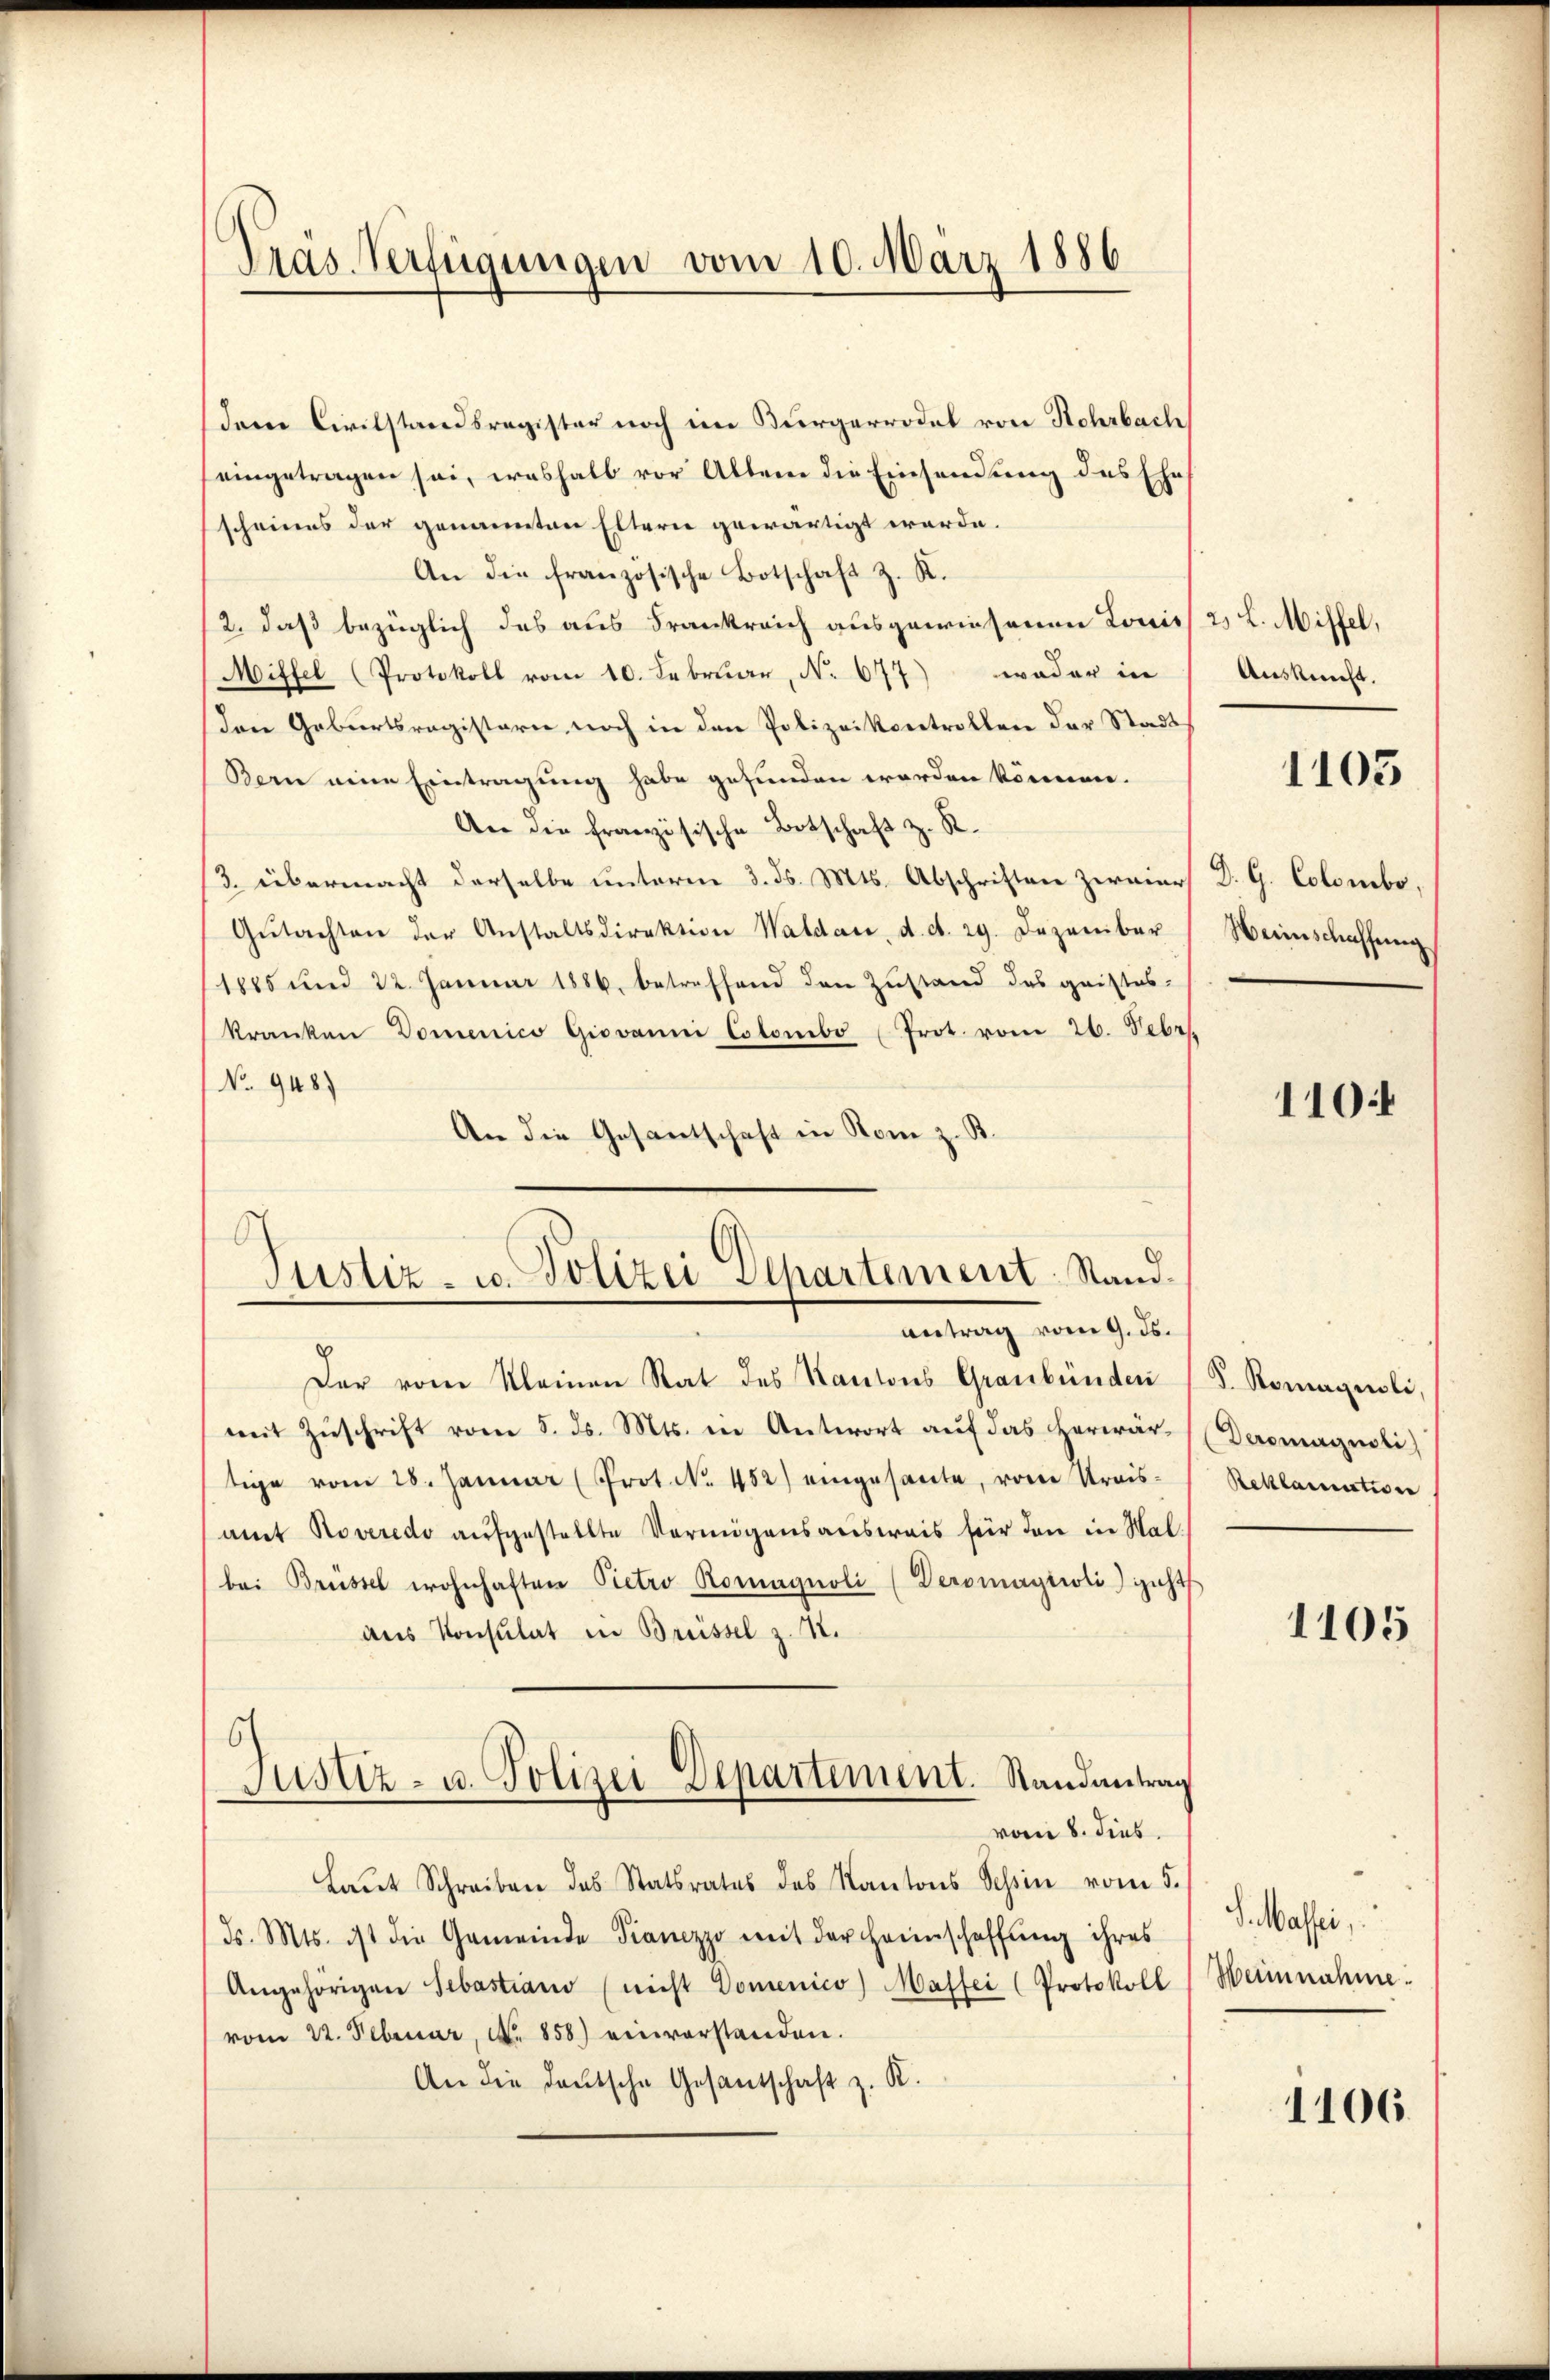
Tras Verfügungen vom 10. März 1886

dene Civilstandsregister noch im Bürgerrodel von Rohrbach
eingetragen sei, weshalb vor Altem die Einsendung des Ehe
scheines der genannten Eltern gewärtigt werde.
An die französische Botschaft z. K.
/2, daß bezüglich das aus Frankreich ausgewiesenen Louis 2 L. Misfel,
Miffel (Protokoll vom 10. Februar, No. 677) weder in
Den Geburtsregisterie, noch in den Polizeikontrollen der Stadt¬
Bern eine Eintragung habe gefunden worden können.
Aer die französische Botschaft z. R.
3. übermacht derselbe unterm 3. ds. Mts. Abschriften zereier
Gŭtachten der Anstaltsdirektion Waldau, d. d. 29. Dezember
1885 und 22. Januar 1886, betreffend den Zustand des gaistes-
kranken Domenico Giovanni Colomibo (Prot. vom 26. Febr.
No 948)
An die Gesantschaft in Rom z. B.
antrag vom 9. ds.
Der vom Kleinen Rat des Kantons Graubünden (S. Romagnoli,
mit Zuschrift vom 5. ds. Mts. in Antwort auf das Herwärtige vom 28. Januar (Prot. No. 452) eingesante, vom Krais-
amt Roveredo aufgestellte Vermögensausweis für den in Mal.
(bei Brüssel wohnhaften Pietro Romagnoli (Deromaytioli geht
aus Konsulat in Brüssel z. 12.
ch
Justiz- u. Polizei Departement. Randantrag
vom 8. dies
Laŭt Schreiben des Statsrates des Kantons Schin vom 5.
Fs. Mts. ist die Gemeinde Pianezzo mit der Heimschaffung ihres
Angehörigen Sebastiano (nicht Domenico) Masser (Protokoll
vom 22. Februar, No. 858) einverstanden.
An die deutsche Gesantschaft z. K.

Justiz- u. Polizei Departement. Stand

Auskunft.

1103

D. G. Colombe,
Weinschaffung,

110.

(Deromagnoli)
Reklamatione

1105

S. Masser,
Weinnahme.

1106.